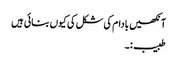
آنکھیں بادام کی شکل کی کیوں بنائی ہیں
طبیب:۔